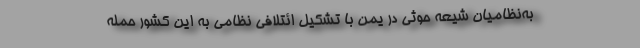
به‌نظامیان شیعه حوثی در یمن با تشکیل ائتلافی نظامی به این کشور حمله